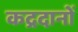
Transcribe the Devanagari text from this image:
कद्रदानों